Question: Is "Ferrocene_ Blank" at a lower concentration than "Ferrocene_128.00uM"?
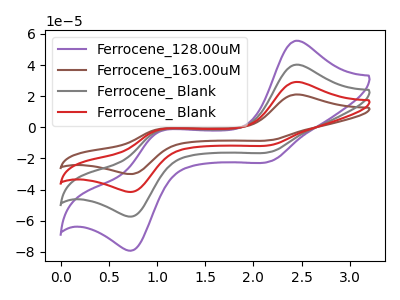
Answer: <think>The purple curve "Ferrocene_128.00uM" has anodic peaks at (2.45V, 55.60uA) (1.00V, -3.45uA) and cathodic peaks at (2.20V, -21.80uA) (0.75V, -78.65uA). The brown curve "Ferrocene_163.00uM" has anodic peaks at (2.45V, 120.70uA) (1.00V, -7.50uA) and cathodic peaks at (2.20V, -47.35uA) (0.75V, -170.85uA). The gray curve "Ferrocene_ Blank" has anodic peaks at (2.45V, 40.25uA) (1.00V, -2.50uA) and cathodic peaks at (2.20V, -15.80uA) (0.75V, -56.95uA). The red curve "Ferrocene_ Blank" has anodic peaks at (2.45V, 80.50uA) (1.00V, -5.00uA) and cathodic peaks at (2.20V, -31.60uA) (0.75V, -113.90uA).
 All the peaks in "Ferrocene_128.00uM" have a peak in "Ferrocene_ Blank" at the same potential.</think>
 <answer>I cant tell if "Ferrocene_128.00uM" or "Ferrocene_ Blank" has higher concentration.</answer>
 <eval>mixed_concentration</eval>